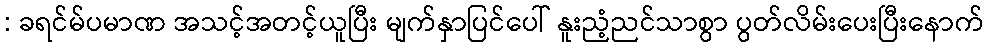
: ခရင်မ်ပမာဏ အသင့်အတင့်ယူပြီး မျက်နှာပြင်ပေါ် နူးညံ့ညင်သာစွာ ပွတ်လိမ်းပေးပြီးနောက်